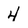
Character: 4